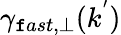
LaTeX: \gamma_{\mathtt{f}ast,\perp}(k^{'})